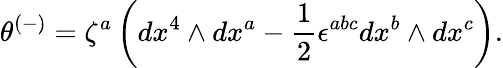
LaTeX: \theta^{(-)}=\zeta^{a}\left(dx^{4}\wedge dx^{a}-\frac{1}{2}\epsilon^{abc}dx^{b}\wedge dx^{c}\right).